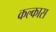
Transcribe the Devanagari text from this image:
कल्कास